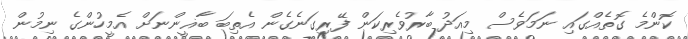
ކޮންމެ ގޮތެއްގައި ނަމަވެސް މިއަދު ބާރުވެރިކަން ފޭރިގަނެގެން އެތިބަ ބާޣީންނަށް އެމީހުންގެ ނިމުން